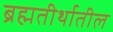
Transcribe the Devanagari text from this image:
ब्रह्मतीर्थातील